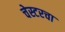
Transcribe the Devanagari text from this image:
चेस्टरचा